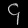
Digit: ၄